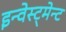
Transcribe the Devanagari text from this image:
इन्वेस्ट्मेन्ट